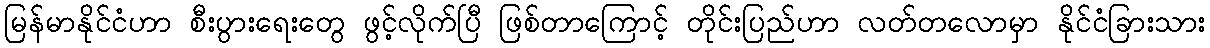
မြန်မာနိုင်ငံဟာ စီးပွားရေးတွေ ဖွင့်လိုက်ပြီ ဖြစ်တာကြောင့် တိုင်းပြည်ဟာ လတ်တလောမှာ နိုင်ငံခြားသား